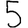
Digit: 5